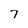
Character: 7